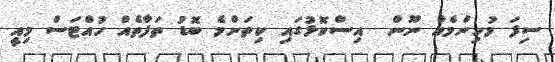
ސިފަ މުހިންމެއް ނޫން  އިސްކޮޅުގައި ކިތަންމެ ބޮޑު ތަފާތެއް ހުއްޓަސް މިއީ